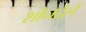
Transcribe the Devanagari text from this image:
शोनदेले